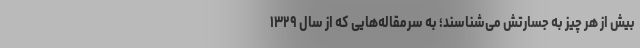
بیش از هر چیز به جسارتش می‌شناسند؛ به سرمقاله‌هایی که از سال ۱۳۲۹